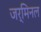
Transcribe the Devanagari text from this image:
जर्मिनल